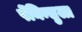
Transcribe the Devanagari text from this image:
पेंनिन्सुला